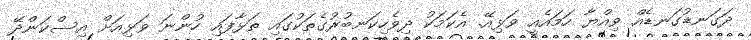
ދަގަނޑުގަނޑެއް ވިއްޔާ ހަމައެއީ ވަޅިއޭ. އެކަމަކު ދިވެހިކަނބުރުގެތަކުގައި ތަޅާފައި ހުންނަ ވަޅިއަށް އިސްކަންދޭ